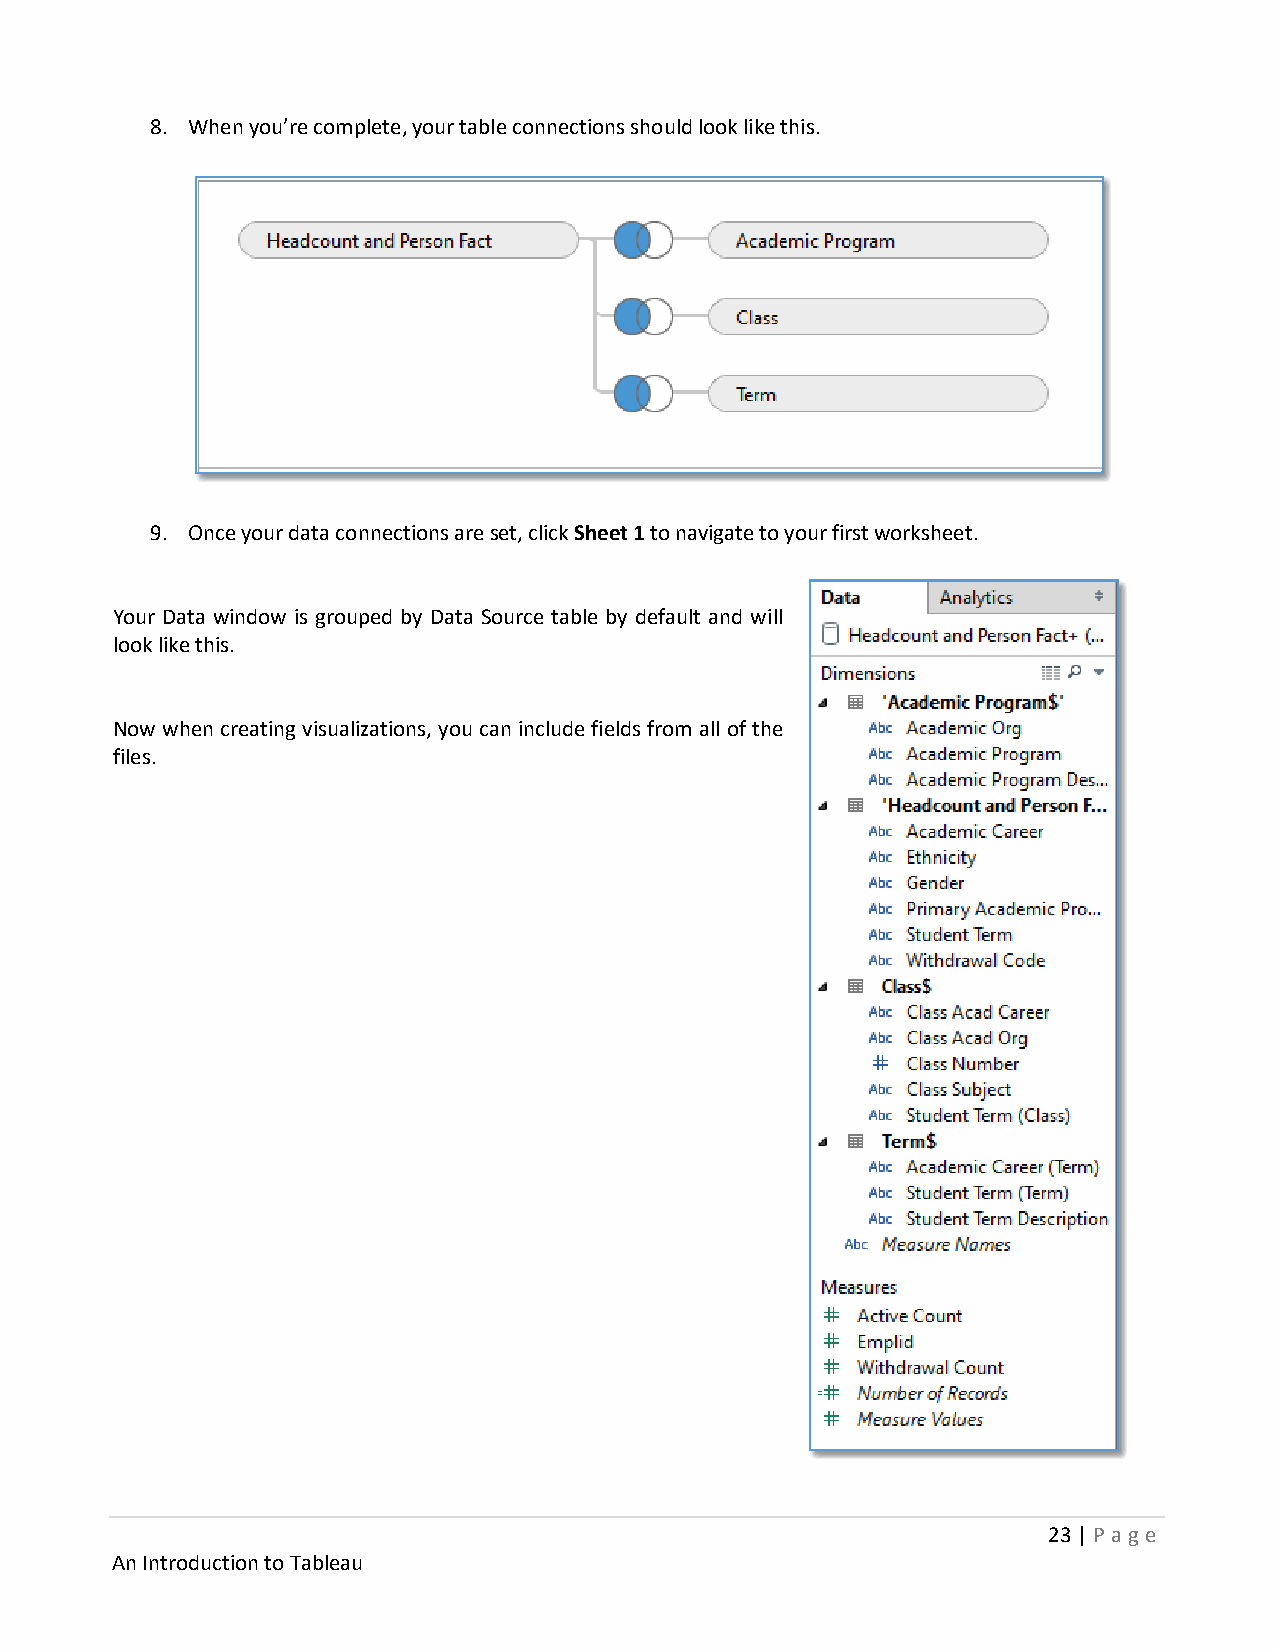
8. When you’re complete, your table connections should look like this.
 9. Once your data connections are set, click Sheet 1 to navigate to your first worksheet.
 Your Data window is grouped by Data Source table by default and will
 look like this.
 Now when creating visualizations, you can include fields from all of the
 files.
 23 | P age
 An Introduction to Tableau